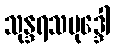
သုန္ဒရသမုဒ္ဒေါ